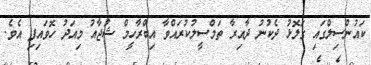
ކައުންސިލްގައި ގަލޮޅު ދެކުނު ދާއިރާ ތަމްސީލުކުރައްވާ އިބްރާހީމް ޝުޖާއު މިއަދު ހޮވައިފި އެވެ.